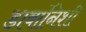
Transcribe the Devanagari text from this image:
डावांनिशी